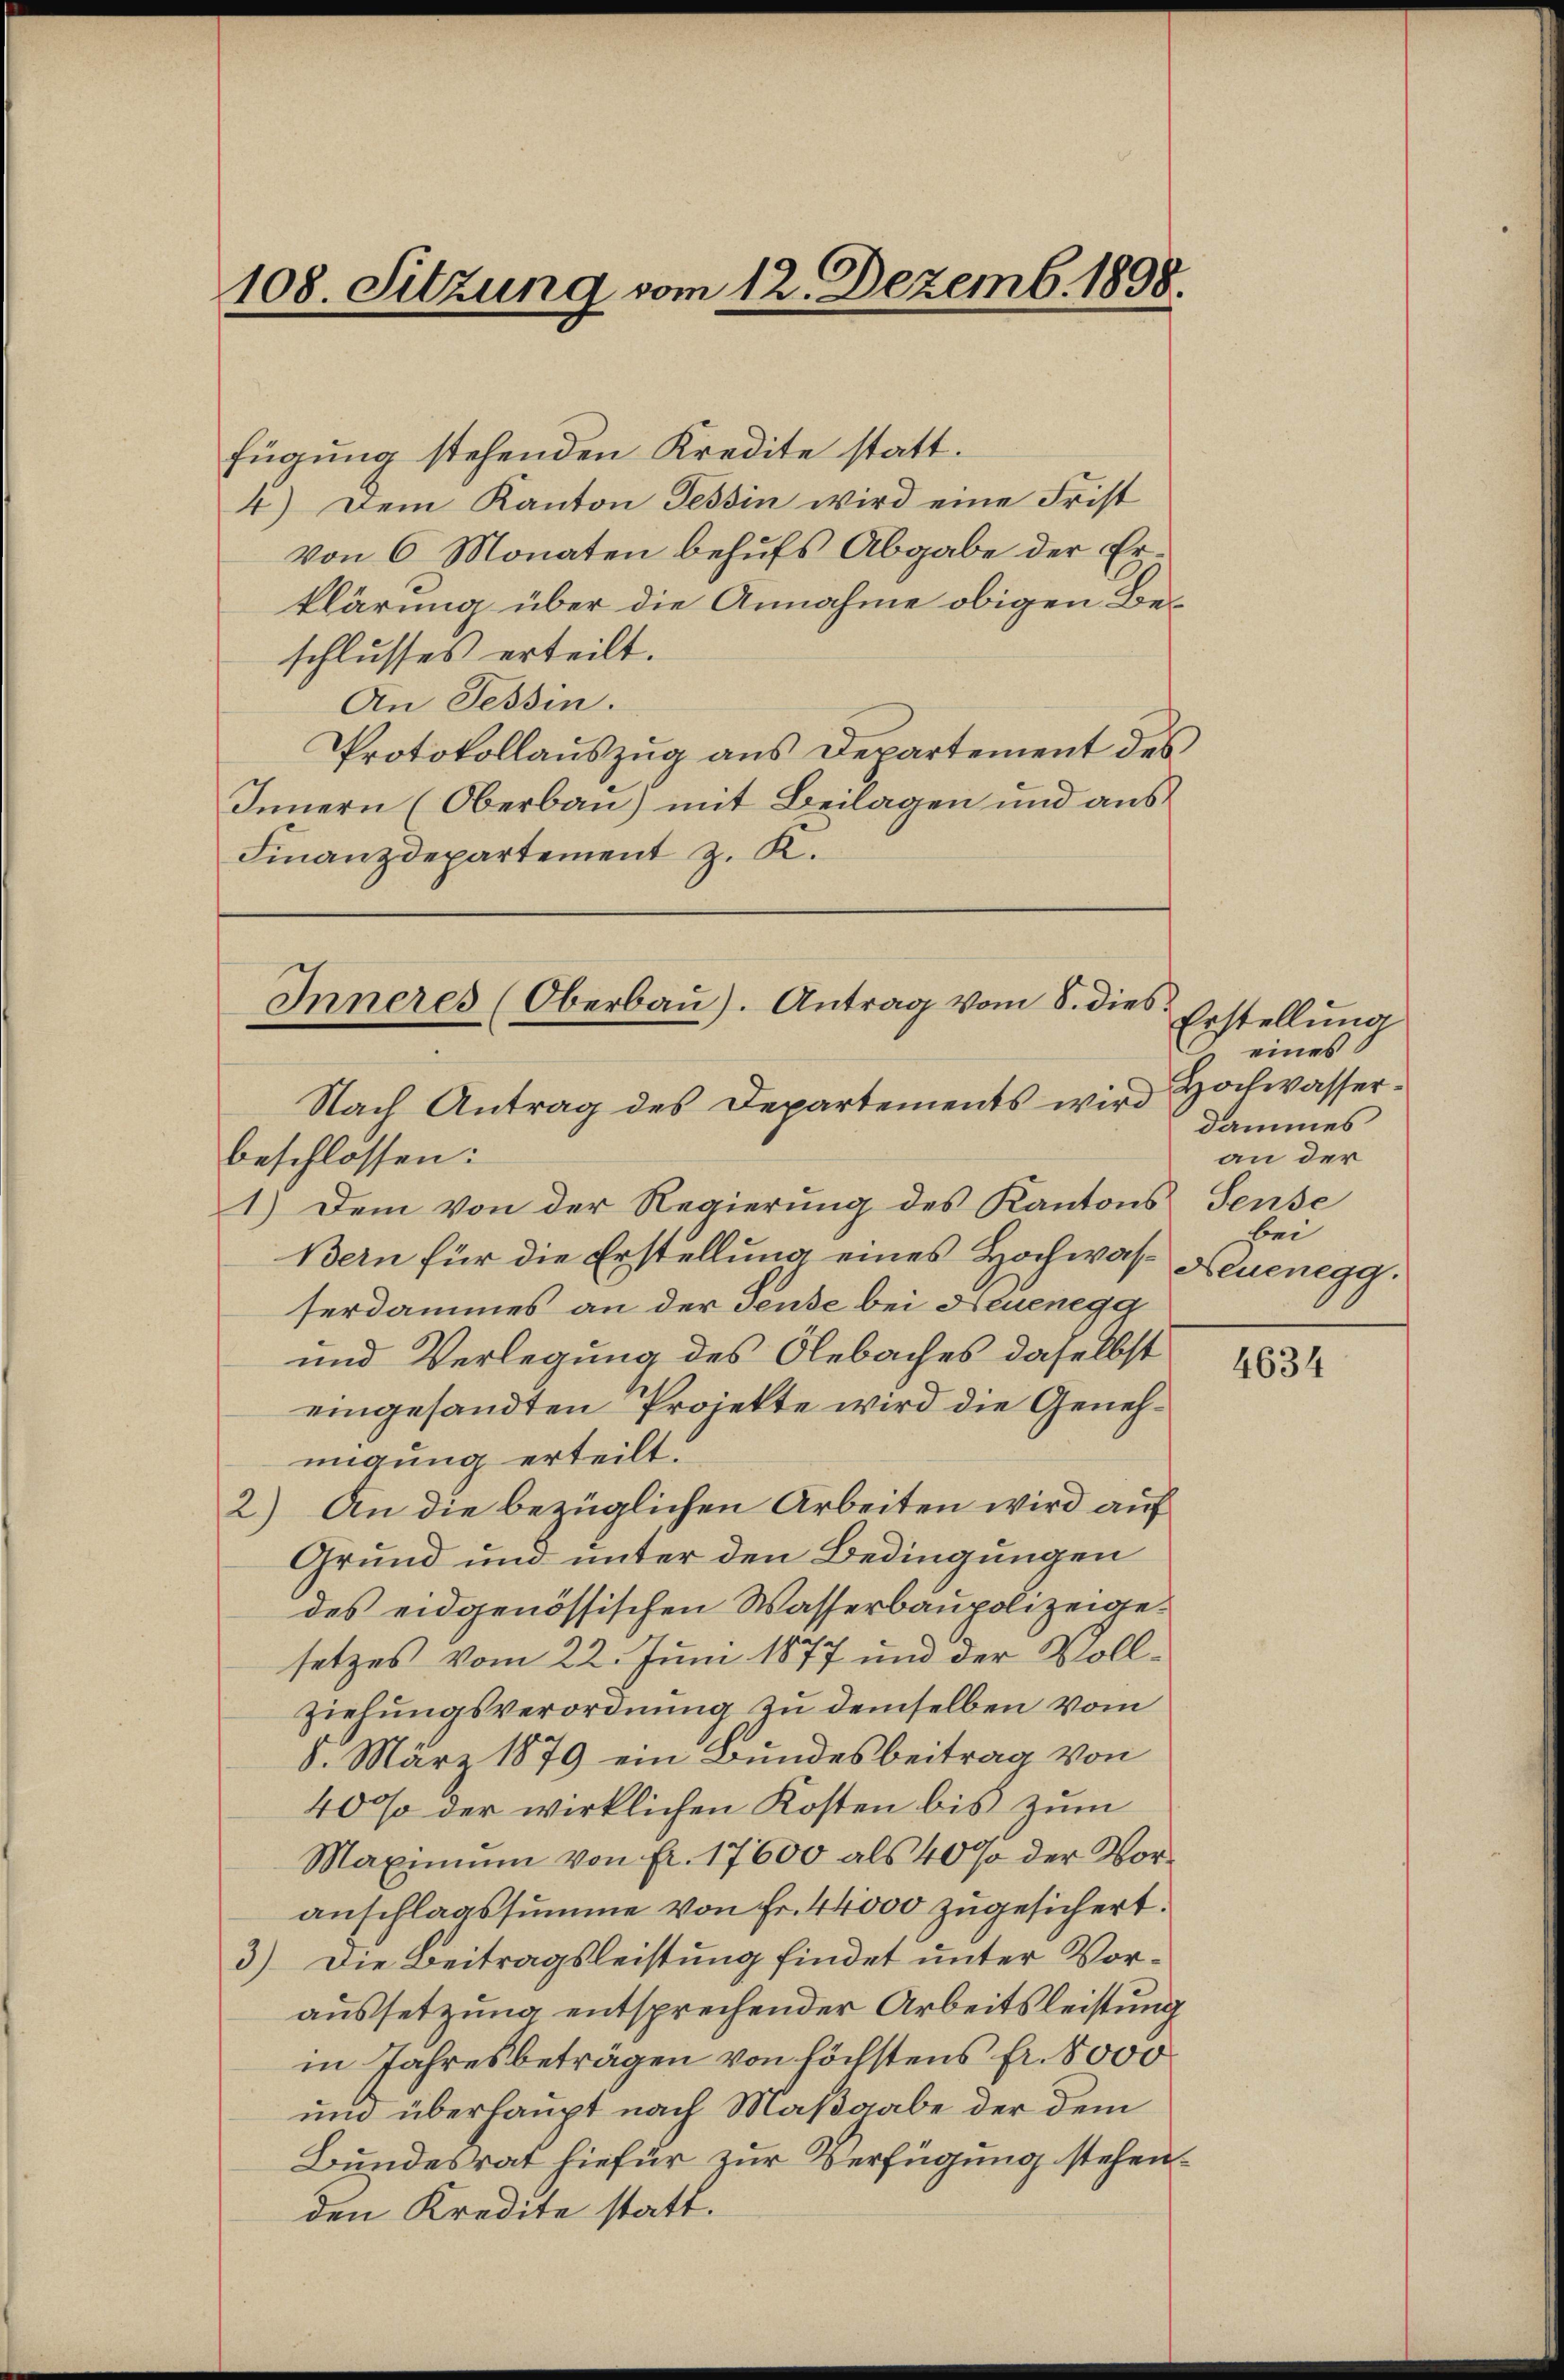
108. Sitzung vom 12. Dezemb. 1898.

fügung stehenden Kredite statt.
4) Dem Kanton Tessin wird eine Frist
von 6 Monaten behufs Abgabe der Erklärung über die Annahme obigen Beschlusses erteilt.
An Tessin.
Protokollaŭszŭg ans Departement des
Innern (Oberbau) mit Beilagen und aus
Finanzdepartement z. K.

Inneres (Oberbaŭ). Antrag vom 8. dies

Nach Antrag des Departements wird Hochwasserbeschlossen:
1.) Dem von der Regierung des Kantons Sense
Bern für die Erstellung eines Hochwasserdammes an der Teuse bei Neuenega
und Verlegung des Olebaches daselbst
eingesandten Projekte wird die Genehmigung erteilt.
2) An die bezüglichen Arbeiten wird auf
Grund und unter den Bedingungen
des eidgenössischen Wasserbaupolizeigesetzes vom 22. Juni 1877 und der Vollziehungsverordnung zu demselben vom
8. März 1879 ein Bundesbeitrag von
40% der wirklichen Kosten bis zum
Maximum von Fr. 17600 als 40% der Voranschlagssumme von Fr. 44000 zugesichert.
3) Die Beitragsleistung findet unter Voraussetzung entsprechender Arbeitsleistung
in Jahresbeträgen von höchstens fr. 8000
und überhaupt nach Maßgabe der dem
Bundesrat hiefür zur Verfügung stehenden Kredite statt.

Erstellung.
eines
dammes
an der
bei
Neuenegg.

4634